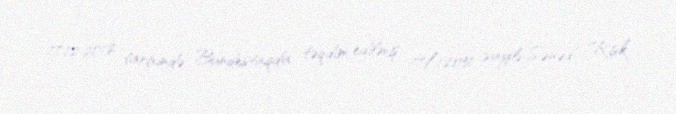
17.12.2012 tarixində Bundestaqda təqdim edilmiş, 17/12051 saylı Sənəd "Risk